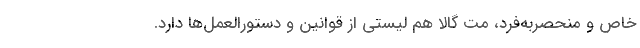
خاص و منحصر‌به‌فرد، مت گالا هم لیستی از قوانین و دستورالعمل‌ها دارد.